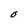
Character: O